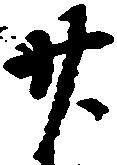
廿